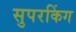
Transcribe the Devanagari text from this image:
सुपरकिंग